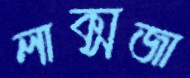
লাক্সজা